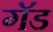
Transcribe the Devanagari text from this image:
गॅड